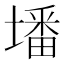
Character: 墦